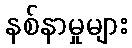
နစ်နာမှုများ